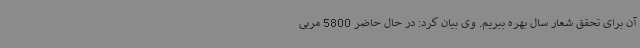
آن برای تحقق شعار سال بهره ببریم. وی بیان کرد: در حال حاضر 5800 مربی